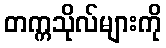
တက္ကသိုလ်များကို